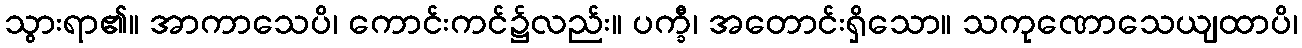
သွားရာ၏။ အာကာသေပိ၊ ကောင်းကင်၌လည်း။ ပက္ခီ၊ အတောင်းရှိသော။ သကုဏောသေယျထာပိ၊